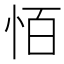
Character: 𪫮